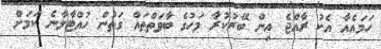
ހަމައެއާ އެކު ރާއްޖެ އިން ބޭރުކުރާ މަހުގެ ބާވަތްތައް ގަތުން ހުއްޓާލާނެ ކަމަށް